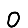
Digit: 0